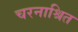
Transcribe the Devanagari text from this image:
चरनाश्रित